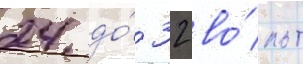
24 до́ 32 во́льт